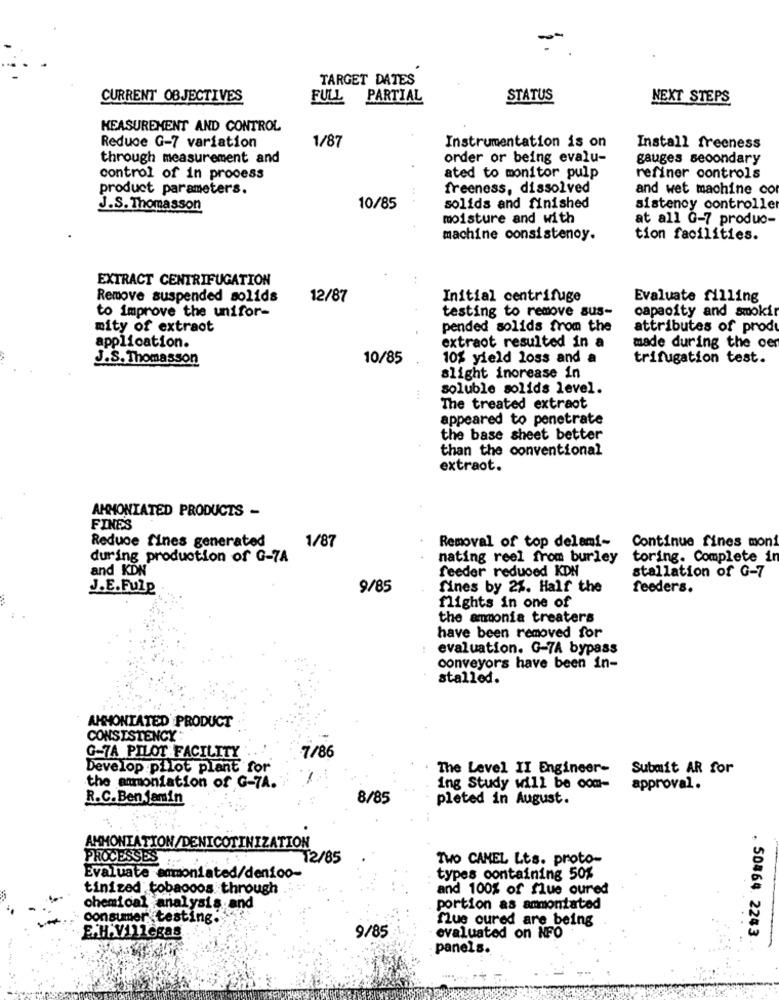
-
TARGET DATES
CURRENT OBJECTIVES
FULL
PARTIAL
STATUS
NEXT STEPS
MEASUREMENT AND CONTROL
1/87
Instrumentation is on
Reduce G-7 variation
Install freeness
through measurement and
order or being evalu-
gauges secondary
control of in process
ated to monitor pulp
refiner controls
product parameters.
freeness, dissolved
and wet machine co
J.S. Thomasson
10/85
solids and finished
sistency controlle
moisture and with
at all G-7 produo-
machine consistenoy.
tion facilities.
EXTRACT CENTRIFUGATION
Remove suspended solids
12/87
Initial centrifuge
Evaluate filling
testing to remove sus-
capacity and smokir
to improve the unifor-
mity of extraot
pended solids from the
attributes of produ
extraot resulted in a
application.
made during the cer
J.S. Thomasson
10/85
10% yield loss and a
trifugation test.
slight increase in
soluble solids level.
The treated extraot
appeared to penetrate
the base sheet better
than the conventional
extraot.
AMMONIATED PRODUCTS -
FINES
Reduce fines generated
Removal of top delami-
Continue fines moni
1/87
during production of G-7A
nating reel from burley toring. Complete in
and KDN
feeder reduced KDN
stallation of G-7
J.E.Fulp
9/85
fines by 2%. Half the
feeders.
flights in one of
the ammonia treaters
have been removed for
evaluation. G-7A bypass
conveyors have been in-
stalled.
AMMONIATED PRODUCT
CONSISTENCY:
G-7A PILOT FACILITY
7/86
Develop pilot plant for
The Level II Engineer-
Submit AR for
the ammoniation of G-7A.
ing Study will be com-
approval.
R.C.Ben Jamin
8/85
pleted in August.
AMMONIATION/DENICOTINIZATION
PROCESSES
12/85
TWO CANEL Lts. proto-
Evaluate ammoniated/denico-
types containing 50%
tinized tobaooos through .
and 100% of flue oured
chemical analysis and
portion as ammontated
consumer testing.
Mue oured are being
E.H.Villegas
9/85
evaluated on NFO
. 50464. 2243.
panels.